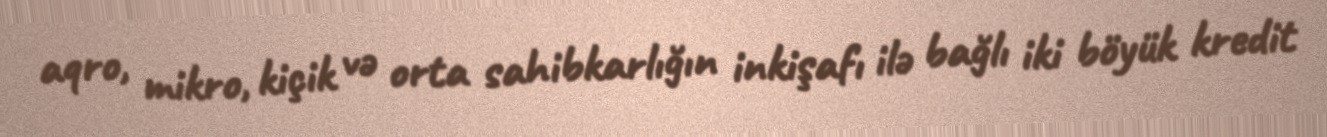
aqro, mikro, kiçik və orta sahibkarlığın inkişafı ilə bağlı iki böyük kredit